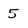
Character: 5